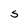
Character: S